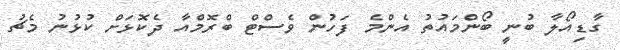
ގާޑިއޯލާ ބުނީ ބޯންމައުތު އެންމެ ފަހުން ވެސްޓް ބްރޮމްއާ ދެކޮޅަށް ކުޅުނު މެޗު